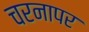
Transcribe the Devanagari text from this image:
चरनापर